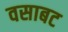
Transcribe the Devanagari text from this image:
वसाबट